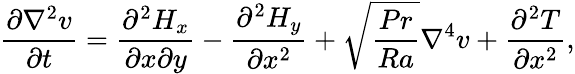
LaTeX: \frac{\partial\nabla^{2}{v}}{\partial t}=\frac{\partial^{2}H_{x}}{\partial x\partial y}-\frac{\partial^{2}H_{y}}{\partial x^{2}}+\sqrt{\frac{Pr}{Ra}}\nabla^{4}{v}+\frac{\partial^{2}T}{\partial x^{2}},